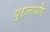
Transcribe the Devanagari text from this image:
प्रानापीर